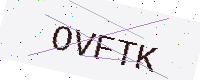
Text: OVFTK